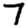
Digit: 7